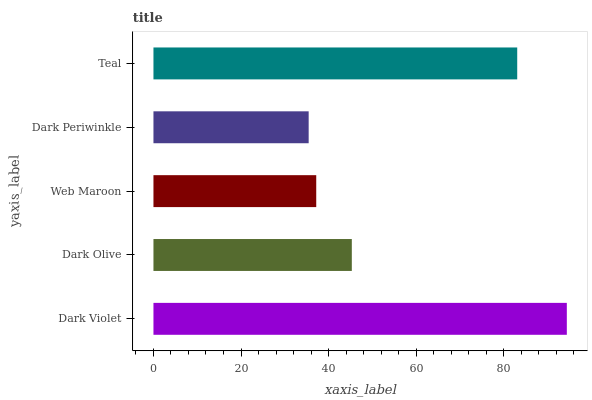
| yaxis_label | bars |
 | --- | --- |
 | Dark Violet | 94.4 |
 | Dark Olive | 45.3 |
 | Web Maroon | 37.2 |
 | Dark Periwinkle | 35.5 |
 | Teal | 83.1 |